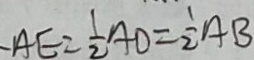
A E = \frac { 1 } { 2 } A D = \frac { 1 } { 2 } A B